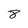
Character: 8